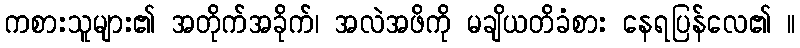
ကစားသူများ၏ အတိုက်အခိုက်၊ အလဲအဖိကို မချိယတိခံစား နေရပြန်လေ၏ ။